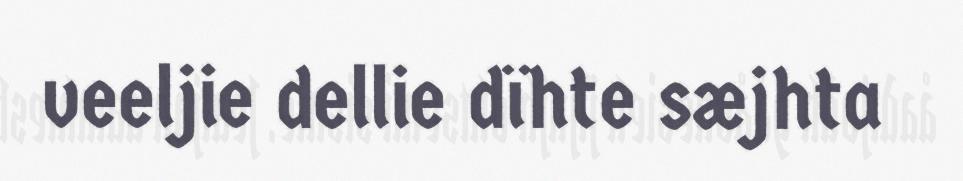
veeljie dellie dïhte sæjhta